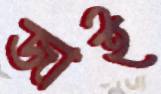
জাই